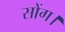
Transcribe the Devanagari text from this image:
सोंग।